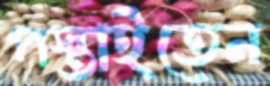
পস্তাইতেন